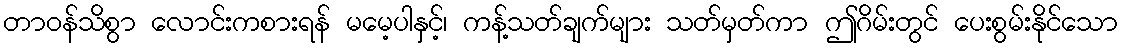
တာဝန်သိစွာ လောင်းကစားရန် မမေ့ပါနှင့်၊ ကန့်သတ်ချက်များ သတ်မှတ်ကာ ဤဂိမ်းတွင် ပေးစွမ်းနိုင်သော